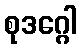
စုဒဂ္ဂေါ